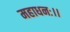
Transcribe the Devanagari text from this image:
महाधनः।।